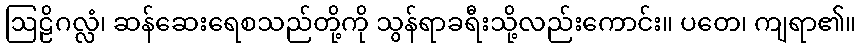
ဩဠိဂလ္လံ၊ ဆန်ဆေးရေစသည်တို့ကို သွန်ရာခရီးသို့လည်းကောင်း။ ပတေ၊ ကျရာ၏။